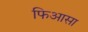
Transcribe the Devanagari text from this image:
फिआसा